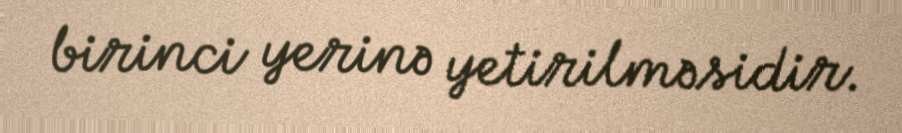
birinci yerinə yetirilməsidir.